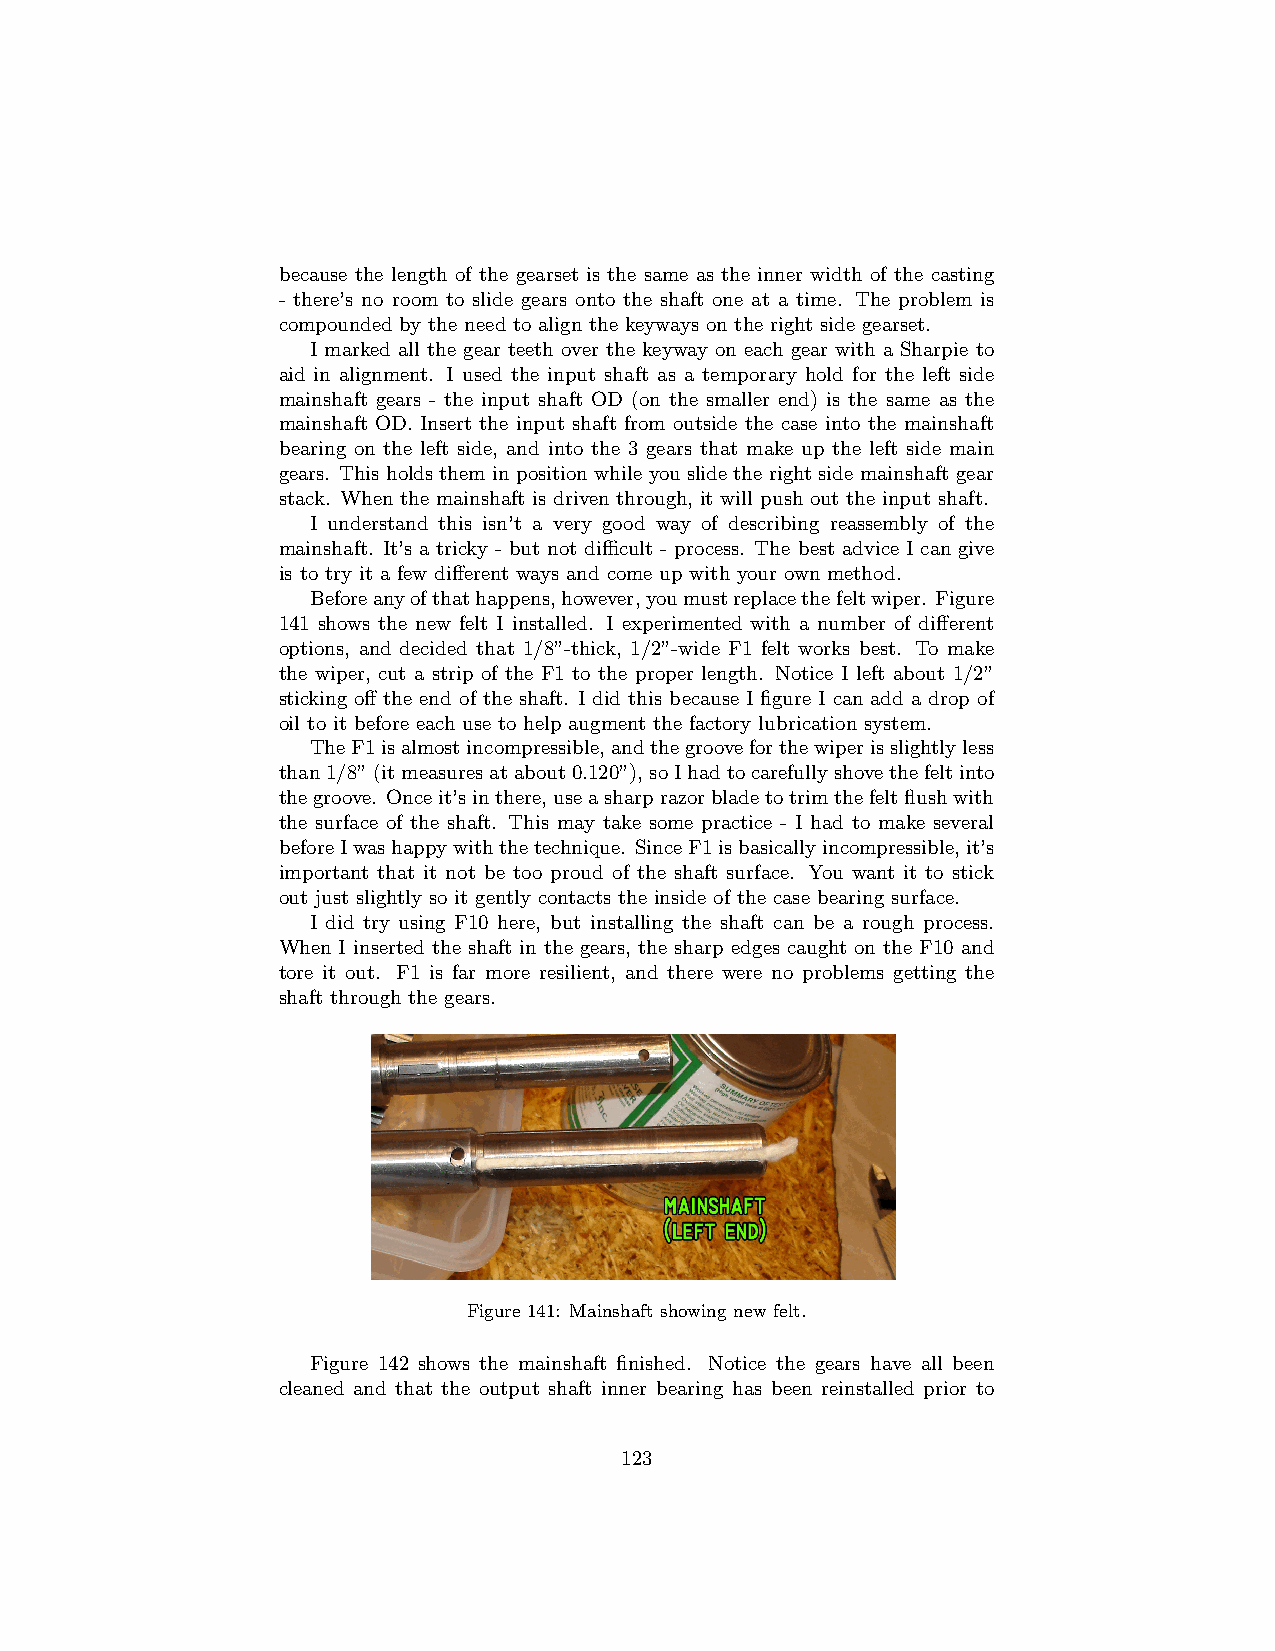
because the length of the gearset is the same as the inner width of the casting
 - there’s no room to slide gears onto the shaft one at a time. The problem is
 compounded by the need to align the keyways on the right side gearset.
 I marked all the gear teeth over the keyway on each gear with a Sharpie to
 aid in alignment. I used the input shaft as a temporary hold for the left side
 mainshaft gears - the input shaft OD (on the smaller end) is the same as the
 mainshaft OD. Insert the input shaft from outside the case into the mainshaft
 bearing on the left side, and into the 3 gears that make up the left side main
 gears. This holds them in position while you slide the right side mainshaft gear
 stack. When the mainshaft is driven through, it will push out the input shaft.
 I understand this isn’t a very good way of describing reassembly of the
 mainshaft. It’s a tricky - but not difficult - process. The best advice I can give
 is to try it a few different ways and come up with your own method.
 Beforeanyofthathappens,however,youmustreplacethefeltwiper. Figure
 141 shows the new felt I installed. I experimented with a number of different
 options, and decided that 1/8”-thick, 1/2”-wide F1 felt works best. To make
 the wiper, cut a strip of the F1 to the proper length. Notice I left about 1/2”
 sticking off the end of the shaft. I did this because I figure I can add a drop of
 oil to it before each use to help augment the factory lubrication system.
 TheF1isalmostincompressible,andthegrooveforthewiperisslightlyless
 than1/8”(itmeasuresatabout0.120”),soIhadtocarefullyshovethefeltinto
 thegroove. Onceit’sinthere,useasharprazorbladetotrimthefeltflushwith
 the surface of the shaft. This may take some practice - I had to make several
 beforeIwashappywiththetechnique. SinceF1isbasicallyincompressible,it’s
 important that it not be too proud of the shaft surface. You want it to stick
 out just slightly so it gently contacts the inside of the case bearing surface.
 I did try using F10 here, but installing the shaft can be a rough process.
 When I inserted the shaft in the gears, the sharp edges caught on the F10 and
 tore it out. F1 is far more resilient, and there were no problems getting the
 shaft through the gears.
 Figure 141: Mainshaft showing new felt.
 Figure 142 shows the mainshaft finished. Notice the gears have all been
 cleaned and that the output shaft inner bearing has been reinstalled prior to
 123